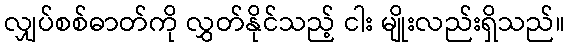
လျှပ်စစ်ဓာတ်ကို လွှတ်နိုင်သည့် ငါး မျိုးလည်းရှိသည်။